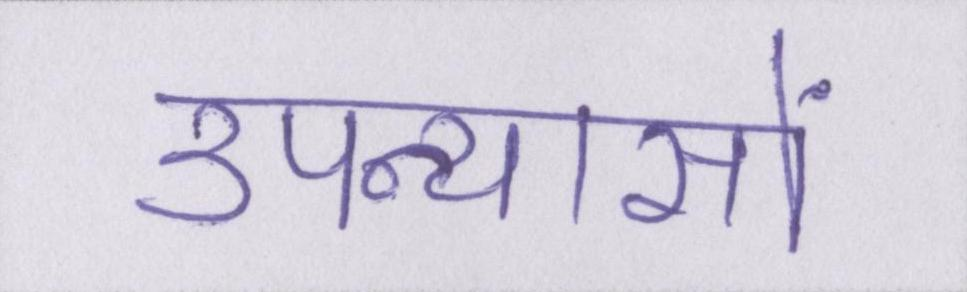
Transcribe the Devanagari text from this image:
उपन्यासों